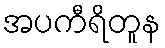
အပကီရိတူန